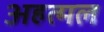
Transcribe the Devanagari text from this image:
अहत्मल